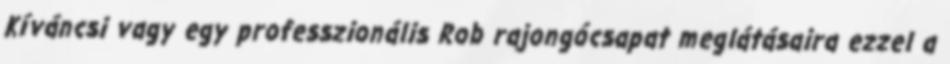
Kíváncsi vagy egy professzionális Rob rajongócsapat meglátásaira ezzel a